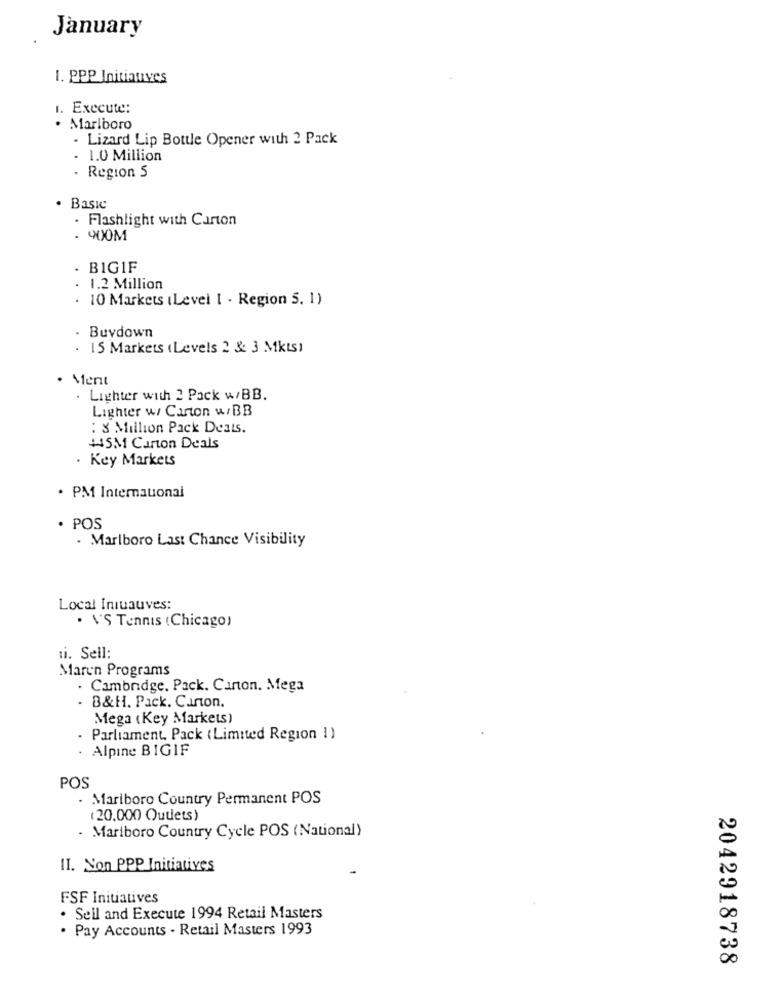
January
1. PPP Initiatives
1. Execute:
Marlboro
. Lizard Lip Bottle Opener with 2 Pack
. 1.0 Million
. Region S
· Basic
. Flashlight with Carton
- 900M
BIGIF
1.2 Million
10 Markets (Level [ - Region 5. 1)
. Buydown
. 15 Markets (Levels 2 & 3 Mkts)
· Ment
. Lighter with 2 Pack w/BB.
Lighter w/ Carton w/ BB
: 8 Million Pack Deats.
445M Carton Deals
Key Markets
· PM Internauonal
· POS
. Marlboro Last Chance Visibility
Local Iniuauves:
· V'S Tennis ( Chicago)
ti. Sell:
Maren Programs
. Cambridge, Pack. Carton. Mega
B&H. Pack. Carton.
Mega (Key Markets)
Parliament. Pack (Limited Region I)
· Alpine BIGIF
POS
Mariboro Country Permanent POS
(20.000 Outlets)
. Marlboro Country Cycle POS (National)
II. Non PPP Initiatives
2
FSF Initiatives
. Seil and Execute 1994 Retail Masters
00
. Pay Accounts - Retail Masters 1993
00
2042918738